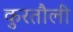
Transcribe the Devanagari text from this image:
कुरतौली